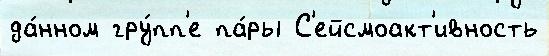
да́нном гру́пп'е па́ры С'ейсмоакт'ивность